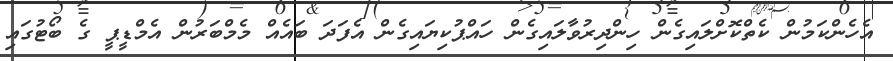
އެހެންކަމުން ކެތްކޮށްލައިގެން ހިންދިރުވާލައިގެން ހައްޕުކިޔައިގެން އެފަދަ ބައެއް މެމްބަރުން އެމްޑީޕީ ގެ ބޯޓުގައި